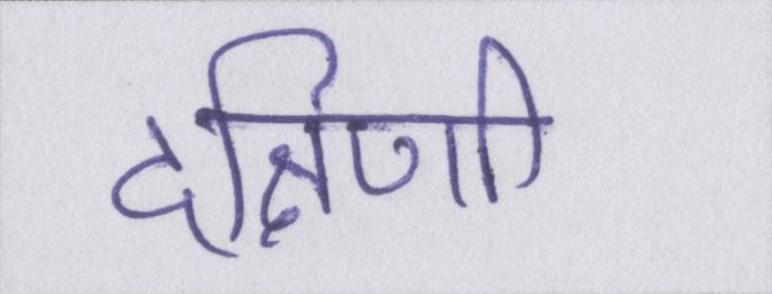
दक्षिणी